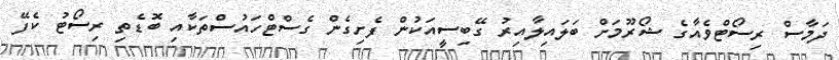
ދަމާސް ރިސޯޓްވެއާގެ ޝޯރޫމަށް ބަލައިލާއިރު ގޭބިސީއަކުން ފެށިގެން ގެސްޓްހައުސްތަކާއި ބޮޑެތި ރިސޯޓު ކެފޭ